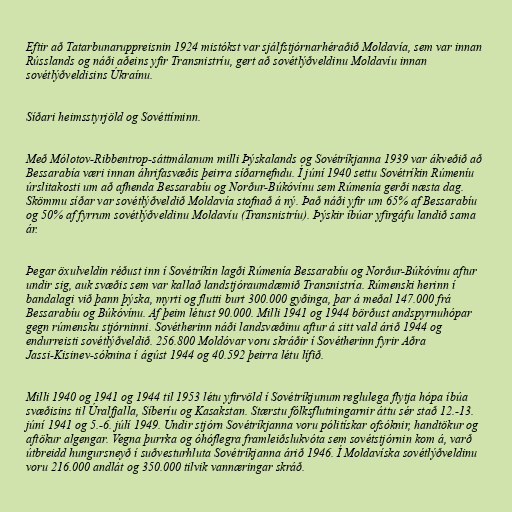
Eftir að Tatarbunaruppreisnin 1924 mistókst var sjálfstjórnarhéraðið Moldavía, sem var innan
Rússlands og náði aðeins yfir Transnistríu, gert að sovétlýðveldinu Moldavíu innan
sovétlýðveldisins Úkraínu.

Síðari heimsstyrjöld og Sovéttíminn.

Með Mólotov-Ribbentrop-sáttmálanum milli Þýskalands og Sovétríkjanna 1939 var ákveðið að
Bessarabía væri innan áhrifasvæðis þeirra síðarnefndu. Í júní 1940 settu Sovétríkin Rúmeníu
úrslitakosti um að afhenda Bessarabíu og Norður-Búkóvínu sem Rúmenía gerði næsta dag.
Skömmu síðar var sovétlýðveldið Moldavía stofnað á ný. Það náði yfir um 65% af Bessarabíu
og 50% af fyrrum sovétlýðveldinu Moldavíu (Transnistríu). Þýskir íbúar yfirgáfu landið sama
ár.

Þegar öxulveldin réðust inn í Sovétríkin lagði Rúmenía Bessarabíu og Norður-Búkóvínu aftur
undir sig, auk svæðis sem var kallað landstjóraumdæmið Transnistría. Rúmenski herinn í
bandalagi við þann þýska, myrti og flutti burt 300.000 gyðinga, þar á meðal 147.000 frá
Bessarabíu og Búkóvínu. Af þeim létust 90.000. Milli 1941 og 1944 börðust andspyrnuhópar
gegn rúmensku stjórninni. Sovétherinn náði landsvæðinu aftur á sitt vald árið 1944 og
endurreisti sovétlýðveldið. 256.800 Moldóvar voru skráðir í Sovétherinn fyrir Aðra
Jassi-Kisinev-sóknina í ágúst 1944 og 40.592 þeirra létu lífið.

Milli 1940 og 1941 og 1944 til 1953 létu yfirvöld í Sovétríkjunum reglulega flytja hópa íbúa
svæðisins til Úralfjalla, Síberíu og Kasakstan. Stærstu fólksflutningarnir áttu sér stað 12.-13.
júní 1941 og 5.-6. júlí 1949. Undir stjórn Sovétríkjanna voru pólitískar ofsóknir, handtökur og
aftökur algengar. Vegna þurrka og óhóflegra framleiðslukvóta sem sovétstjórnin kom á, varð
útbreidd hungursneyð í suðvesturhluta Sovétríkjanna árið 1946. Í Moldavíska sovétlýðveldinu
voru 216.000 andlát og 350.000 tilvik vannæringar skráð.